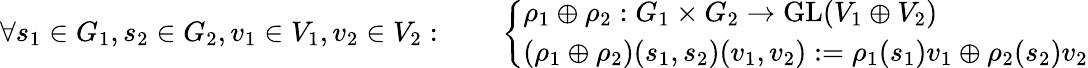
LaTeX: \forall s_{1}\in G_{1},s_{2}\in G_{2},v_{1}\in V_{1},v_{2}\in V_{2}:\qquad{\left\{ \begin{array}{ll}{\rho_{1}\oplus\rho_{2}:G_{1}\times G_{2}\to{\mathrm{GL}}(V_{1}\oplus V_{2})}\\ {(\rho_{1}\oplus\rho_{2})(s_{1},s_{2})(v_{1},v_{2}):=\rho_{1}(s_{1})v_{1}\oplus\rho_{2}(s_{2})v_{2}}\end{array}\right.}